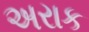
અરાક